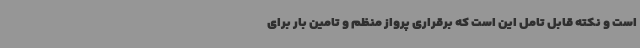
است و نکته قابل تامل این است که برقراری پرواز منظم و تامین بار برای